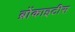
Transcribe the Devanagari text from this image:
ब्रोंकाइटीस